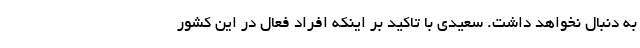
به دنبال نخواهد داشت. سعیدی با تاکید بر اینکه افراد فعال در این کشور